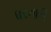
ધરનારી